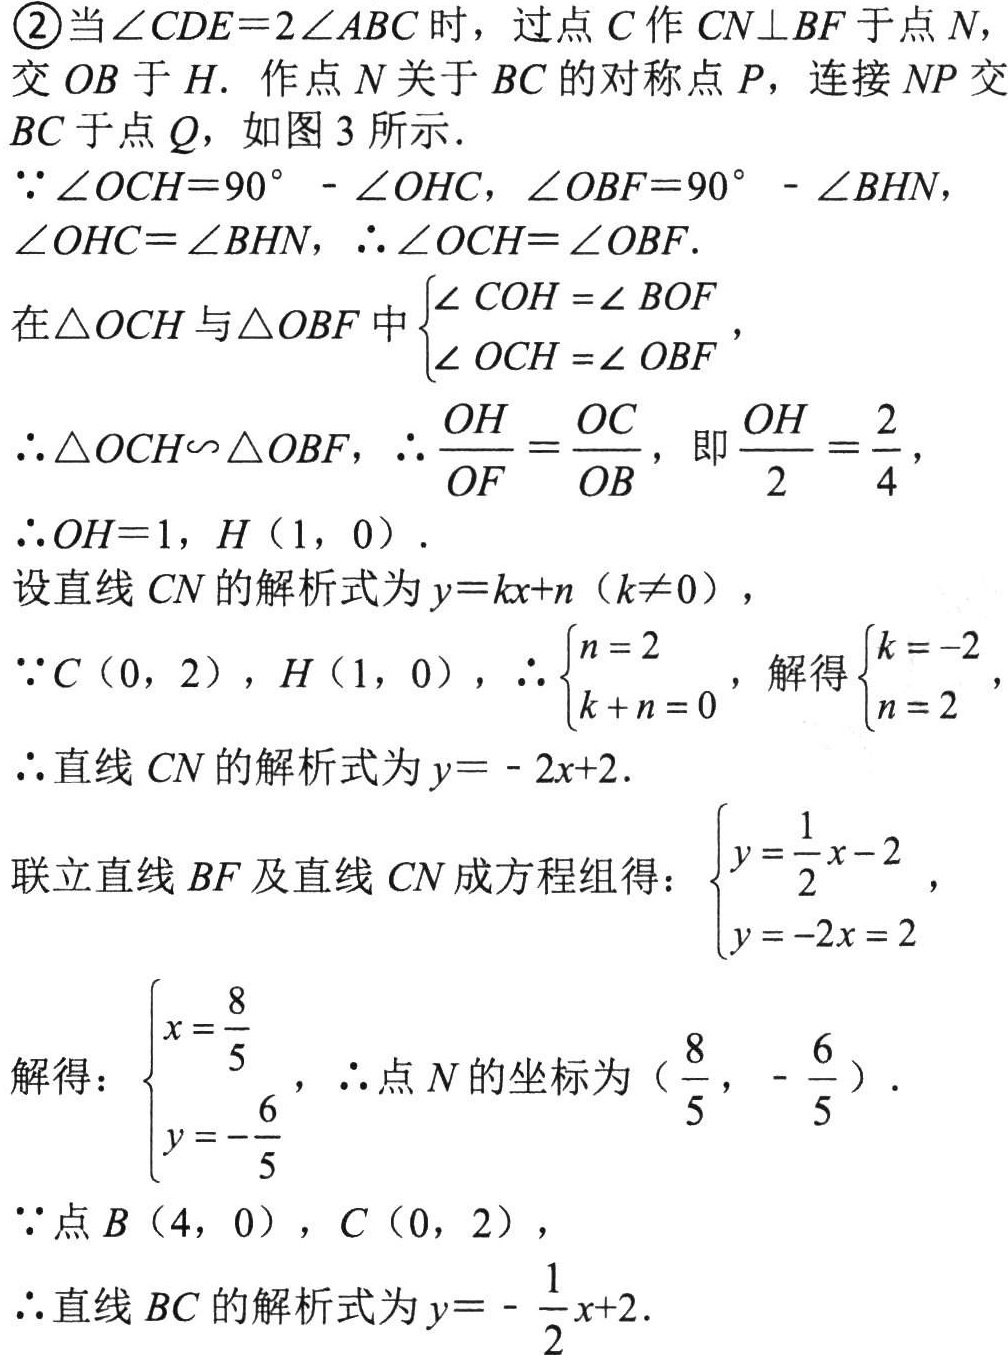
\textcircled{2}当\(\angle CDE = 2\angle ABC\)时，过点\(C\)作\(CN\perp BF\)于点\(N\)，交\(OB\)于\(H\). 作点\(N\)关于\(BC\)的对称点\(P\)，连接\(NP\)交\(BC\)于点\(Q\)，如图 3 所示．
\(\because\angle OCH = 90^{\circ}-\angle OHC\)，\(\angle OBF = 90^{\circ}-\angle BHN\)，\(\angle OHC=\angle BHN\)，\(\therefore\angle OCH=\angle OBF\).
在\(\triangle OCH\)与\(\triangle OBF\)中\(\begin{cases}\angle COH=\angle BOF\\\angle OCH=\angle OBF\end{cases}\)，
\(\therefore\triangle OCH\backsim\triangle OBF\)，\(\therefore\frac{OH}{OF}=\frac{OC}{OB}\)，即\(\frac{OH}{2}=\frac{2}{4}\)，
\(\therefore OH = 1\)，\(H(1,0)\).
设直线\(CN\)的解析式为\(y = kx + n(k\neq0)\)，
\(\because C(0,2)\)，\(H(1,0)\)，\(\therefore\begin{cases}n = 2\\k + n = 0\end{cases}\)，解得\(\begin{cases}k = - 2\\n = 2\end{cases}\)，
\(\therefore\)直线\(CN\)的解析式为\(y=-2x + 2\).
联立直线\(BF\)及直线\(CN\)成方程组得：\(\begin{cases}y=\frac{1}{2}x - 2\\y=-2x + 2\end{cases}\)，
解得：\(\begin{cases}x=\frac{8}{5}\\y=-\frac{6}{5}\end{cases}\)，\(\therefore\)点\(N\)的坐标为\((\frac{8}{5},-\frac{6}{5})\).
\(\because\)点\(B(4,0)\)，\(C(0,2)\)，
\(\therefore\)直线\(BC\)的解析式为\(y=-\frac{1}{2}x + 2\).